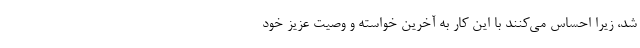
شد، زیرا احساس می‌کنند با این کار به آخرین خواسته و وصیت عزیز خود